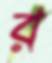
র